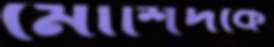
মোর্শিদকে